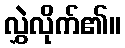
လွှဲလိုက်၏။